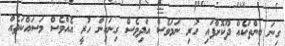
ގިނަ ބިންތަކެއް ދޫކޮށްފައި ހުރި ނަމަވެސް އަދިވެސް ގިނައިން ހުރީ އެއްވެސް މަސައްކަތެއް